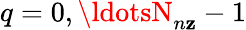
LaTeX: q=0,\ldotsN_{n\mathbf{z}}-1